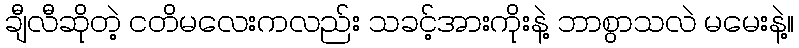
ချီလီဆိုတဲ့ ငတိမလေးကလည်း သခင့်အားကိုးနဲ့ ဘာစွာသလဲ မမေးနဲ့။